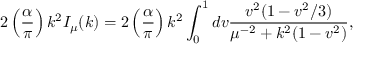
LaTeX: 2 \left( \frac { \alpha } { \pi } \right) k ^ { 2 } I _ { \mu } ( k ) = 2 \left( \frac { \alpha } { \pi } \right) k ^ { 2 } \int _ { 0 } ^ { 1 } d v \frac { v ^ { 2 } ( 1 - v ^ { 2 } / 3 ) } { \mu ^ { - 2 } + k ^ { 2 } ( 1 - v ^ { 2 } ) } ,